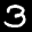
Label: 3